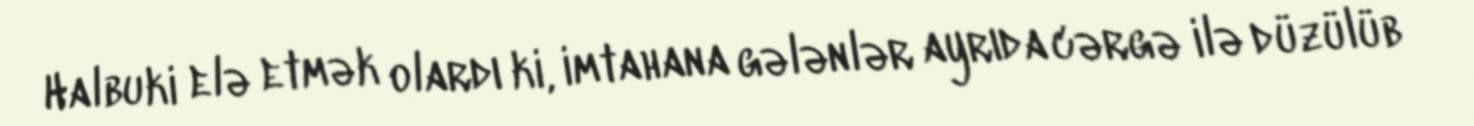
Halbuki elə etmək olardı ki, imtahana gələnlər ayrıda cərgə ilə düzülüb